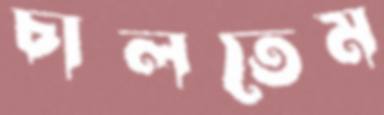
চালতেম